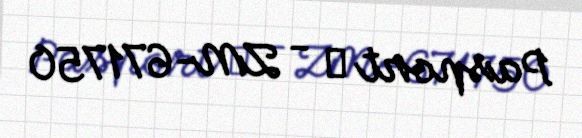
Pasport № - ZM-671750